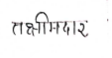
मजकूर: तक्षीमदार